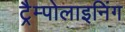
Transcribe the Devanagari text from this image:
ट्रैम्पोलाइनिंग